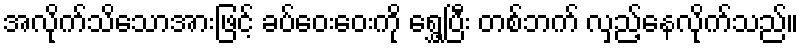
အလိုက်သိသောအားဖြင့် ခပ်ဝေးဝေးကို ရွှေ့ပြီး တစ်ဘက် လှည့်နေလိုက်သည်။